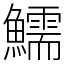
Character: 鱬